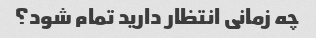
چه زمانی انتظار دارید تمام شود؟